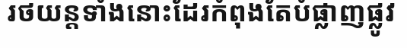
រថយន្តទាំងនោះដែរកំពុងតែបំផ្លាញផ្លូវ